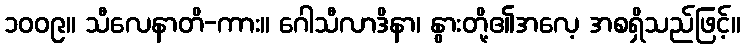
၁၀၀၉။ သီလေနာတိ-ကား။ ဂေါသီလာဒိနာ၊ နွားတို့၏အလေ့ အစရှိသည်ဖြင့်။